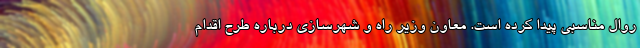
روال مناسبی پیدا کرده است. معاون وزیر راه و شهرسازی درباره طرح اقدام